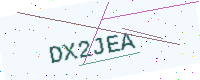
Text: DX2JEA